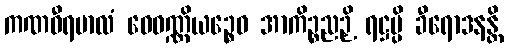
ကဏဝီရမာလံ ဝေဝဏ္ဏိယဉ္စေဝ အာကိဉ္စညဉှိ ရဋ္ဌမ္ပိ ခီရောဒနန္တိ